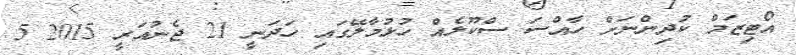
އޯޓިޒަމް ކުދިންނަށް ހާއްސަ ސްކޫލެއް ހުޅުމާލޭގައި ހަދަނީ 21 ޖެނުއަރީ 2015 5